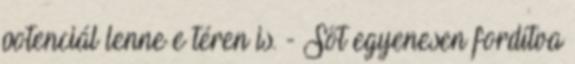
potenciál lenne e téren is. - Sőt egyenesen fordítva